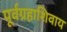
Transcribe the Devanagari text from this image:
पूर्वग्रहाशिवाय